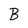
Character: B